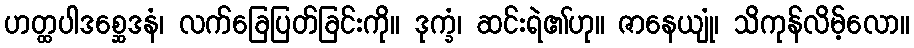
ဟတ္ထပါဒစ္ဆေဒနံ၊ လက်ခြေပြတ်ခြင်းကို။ ဒုက္ခံ၊ ဆင်းရဲ၏ဟု။ ဇာနေယျုံ၊ သိကုန်လိမ့်လော။